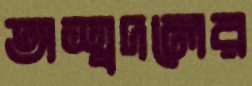
অশ্বদলের